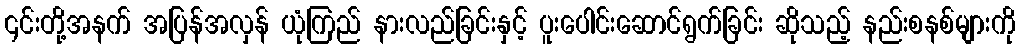
၎င်းတို့အနက် အပြန်အလှန် ယုံကြည် နားလည်ခြင်းနှင့် ပူးပေါင်းဆောင်ရွက်ခြင်း ဆိုသည့် နည်းစနစ်များကို